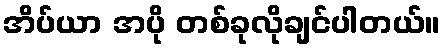
အိပ်ယာ အပို တစ်ခုလိုချင်ပါတယ်။